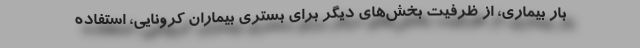
بار بیماری، از ظرفیت بخش‌های دیگر برای بستری بیماران کرونایی، استفاده